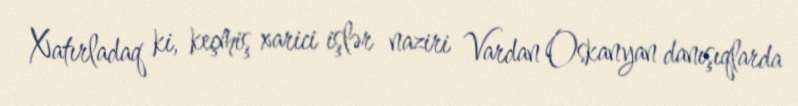
Xatırladaq ki, keçmiş xarici işlər naziri Vardan Oskanyan danışıqlarda